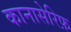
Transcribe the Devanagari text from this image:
कानासेरिफ़